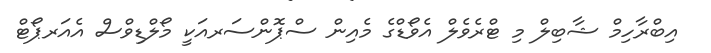
އިބްރާހިމް ޝާބިލް މި ޓްރެވެލް އެވޯޑްގެ މެއިން ސްޕޮންސަރއަކީ މޯލްޑިވްސް އެއަރޕޯޓް